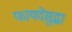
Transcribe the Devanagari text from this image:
फायदेसुद्धा